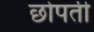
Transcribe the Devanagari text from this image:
छोपती